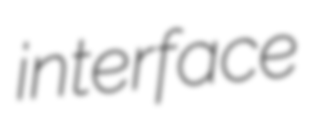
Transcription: interface